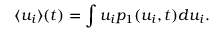
\langle u _ { i } \rangle ( t ) = \int u _ { i } p _ { 1 } ( u _ { i } , t ) d u _ { i } .